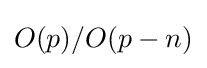
O(p)/O(p-n)